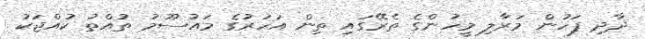
ދާދި ފަހުން މަރާލި މީހުންގެ ތެރޭގައި ތިން އަހަރުގެ މައުސޫމު ތުއްތު ކުއްޖަކު